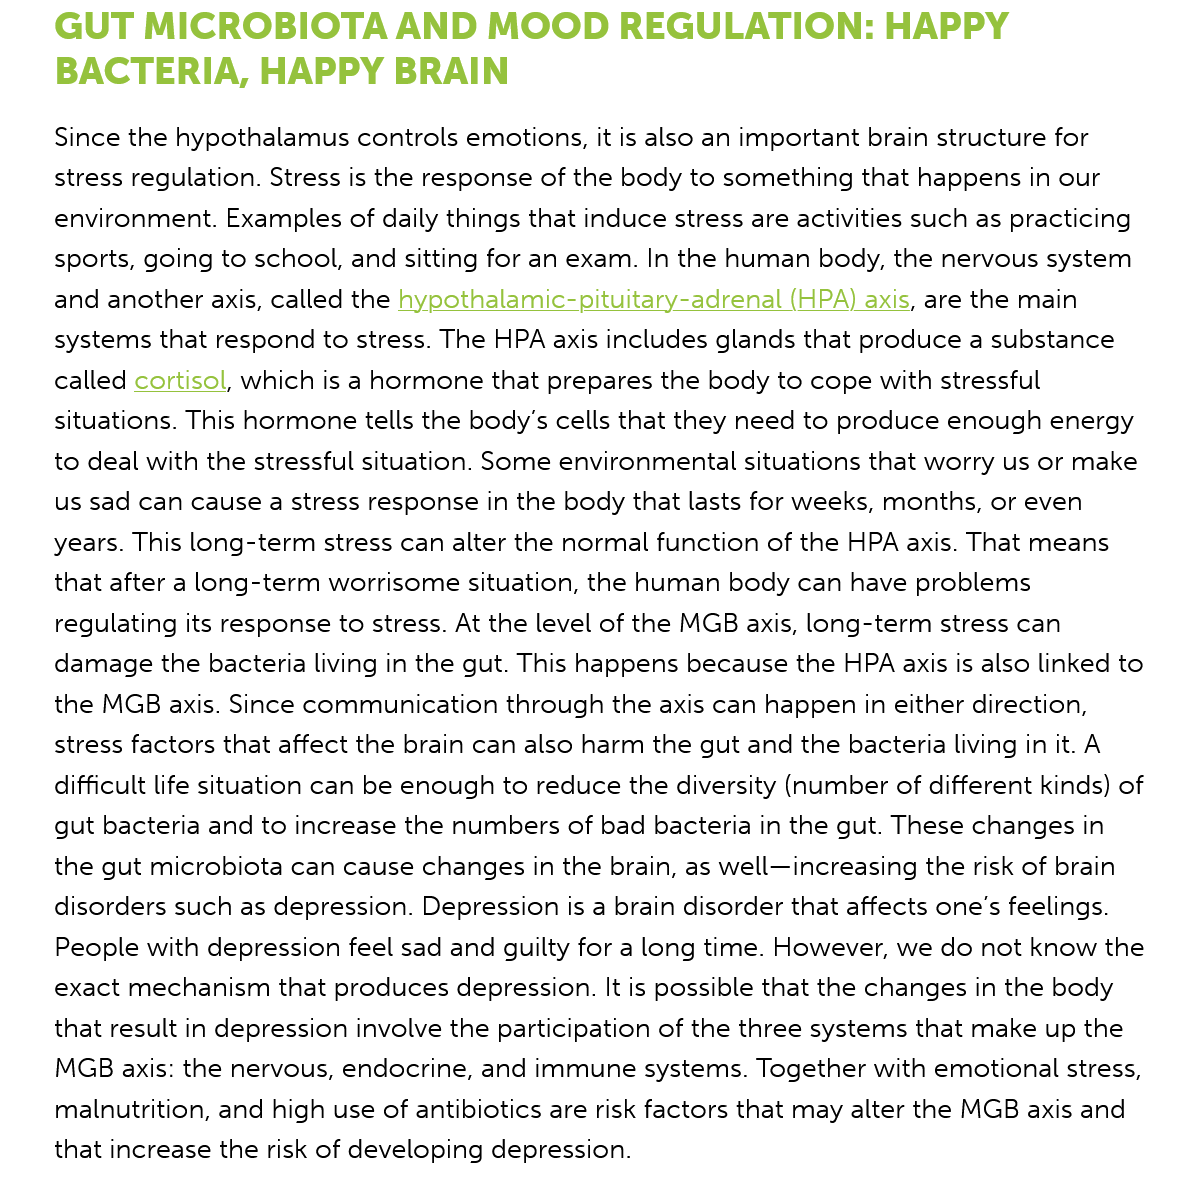
GUT    MICROBIOTA    AND    MOOD    REGULATION:    HAPPY
     BACTERIA,    HAPPY    BRAIN
     Since the hypothalamus controls emotions, it is also an important brain structure for
    stress regulation. Stress is the response of the body to something that happens in our
    environment. Examples of daily things that induce stress are activities such as practicing
    sports, going to school, and sitting for an exam. In the human body, the nervous system
    and another axis, called the hypothalamic-pituitary-adrenal (HPA) axis, are the main
    systems that respond to stress. The HPA axis includes glands that produce a substance
    called cortisol, which is a hormone that prepares the body to cope with stressful
    situations. This hormone tells the body's cells that they need to produce enough energy
    to deal with the stressful situation. Some environmental situations that worry us or make
     us sad can cause a stress response in the body that lasts for weeks, months, or even
    years. This long-term stress can alter the normal function of the HPA axis. That means
    that after a long-term worrisome situation, the human body can have problems
     regulating its response to stress. At the level of the MGB axis, long-term stress can
    damage the  bacteria living in the gut. This happens because the HPA axis is also linked to
    the MGB axis. Since communication through the axis can happen in either direction,
    stress factors that affect the brain can also harm the gut and the bacteria living in it. A
    difficult life situation can be enough to reduce the diversity (number of different kinds) of
    gut bacteria and to increase the numbers of bad bacteria in the gut. These changes in
    the gut microbiota can cause changes in the brain, as well—increasing the risk of brain
    disorders such as depression. Depression is a brain disorder that affects one’s feelings.
     People with depression feel sad and guilty for a long time. However, we do not know the
    exact mechanism  that produces depression. It is possible that the changes in the body
    that result in depression involve the participation of the three systems that make up the
     MGB axis: the nervous, endocrine, and immune systems. Together with emotional stress,
     malnutrition, and high use of antibiotics are risk factors that may alter the MGB axis and
    that increase the risk of developing depression.